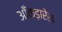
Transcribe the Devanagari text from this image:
आँकड़ारेख